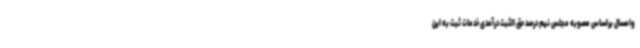
وامسال براساس مصوبه مجلس نیم درصد حق الثبت درآمدی خدمات ثبت به این